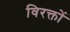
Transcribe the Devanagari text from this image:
विरक्तों